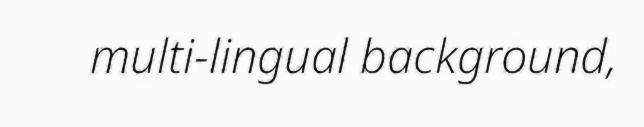
multi-lingual background,